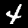
Label: 4